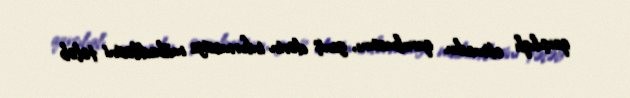
qarşılıqlı etimadın qurulmasını, geniş dərin informasiya mübadiləsini tələb